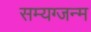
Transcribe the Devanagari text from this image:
सम्यग्जन्म